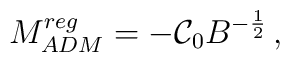
M_{ADM}^{reg}=-\mathcal{C}_{0}B^{-\frac{1}{2}}\, ,